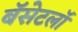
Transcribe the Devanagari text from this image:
बॅसेटलॉ